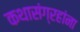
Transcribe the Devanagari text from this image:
कथासंग्रहांना